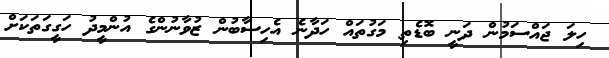
ހިލަ ޖައްސަމުން ދަނީ ބޮޑެތި މަގުތައް ހަދާނެ އެހިސާބުން ޒުވާނުންގެ އުންމީދު ހަގީގަތަކަށް